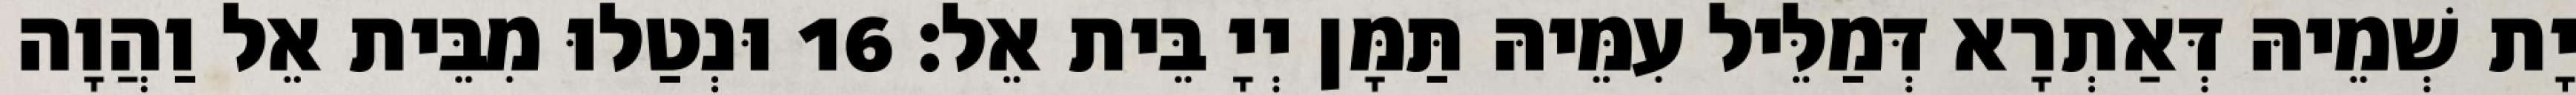
יָת שְׁמֵיהּ דְּאַתְרָא דְּמַלֵּיל עִמֵּיהּ תַּמָּן יְיָ בֵּית אֵל׃ 16 וּנְטַלוּ מִבֵּית אֵל וַהֲוָה